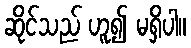
ဆိုင်သည် ဟူ၍ မရှိပါ။